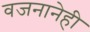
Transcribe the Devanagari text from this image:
वजनानेही